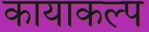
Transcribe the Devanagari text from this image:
कायाकल्‍प